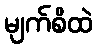
မျက်စိထဲ